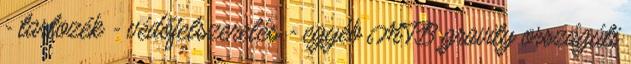
- tartozék - védőfelszerelés - egyéb MTB gravity országúti